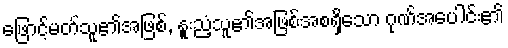
ဖြောင့်မတ်သူ၏အဖြစ်, နူးညံ့သူ၏အဖြစ်အစရှိသော ဂုဏ်အပေါင်း၏